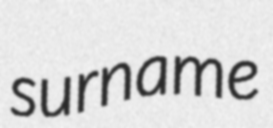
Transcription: surname